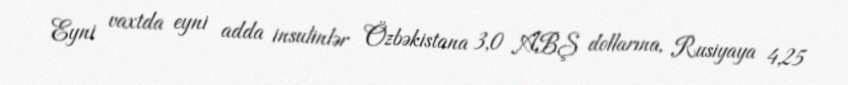
Eyni vaxtda eyni adda insulinlər Özbəkistana 3,0 ABŞ dollarına, Rusiyaya 4,25